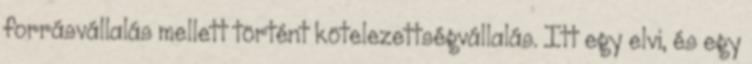
forrásvállalás mellett történt kötelezettségvállalás. Itt egy elvi, és egy